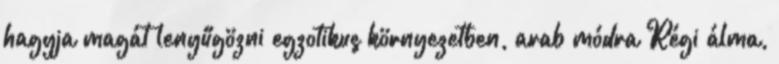
hagyja magát lenyűgözni egzotikus környezetben, arab módra Régi álma,